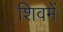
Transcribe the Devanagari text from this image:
शिवमें